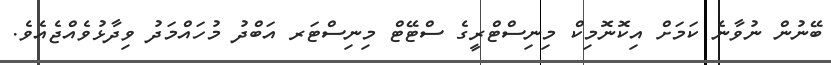
ބޭނުން ނުވާނެ ކަމަށް އިކޮނޮމިކް މިނިސްޓްރީގެ ސްޓޭޓް މިނިސްޓަރ އަބްދު މުހައްމަދު ވިދާޅުވެއްޖެއެވެ.